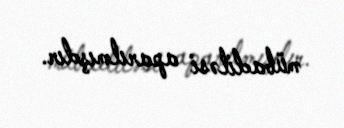
mübadiləsi aparılmışdır.